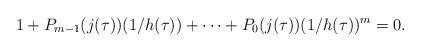
LaTeX: \begin{align*}1+P_{m-1}(j(\tau))(1/h(\tau))+\cdots+P_0(j(\tau))(1/h(\tau))^m=0.\end{align*}